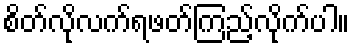
စိတ်လိုလက်ရဖတ်ကြည့်လိုက်ပါ။